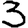
Digit: 3